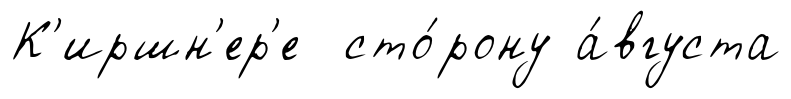
К'иршн'ер'е сто́рону а́вгуста